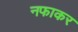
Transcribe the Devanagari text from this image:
नफाकर